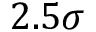
2 . 5 \sigma